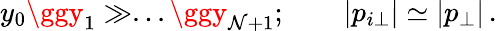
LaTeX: y_{0}\ggy_{1}\gg...\ggy_{\mathcal{N}+1};\qquad|p_{i\perp}|\simeq|p_{\perp}|\, .